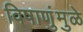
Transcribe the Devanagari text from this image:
विषाणुंमुळे